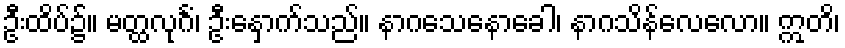
ဦးထိပ်၌။ မတ္ထလုင်္ဂံ၊ ဦးနှောက်သည်။ နာဂသေနောခေါ၊ နာဂသိန်လေလော။ ဣတိ၊